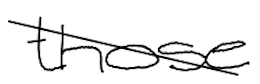
Text: those
Cross-out: diagonal
Writing tool: digital_black